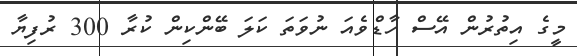
މީގެ އިތުރުން އޭސް ހާޑްވެއަ ނުވަތަ ކަލަ ބޭންކިން ކުރާ 300 ރުފިޔާ